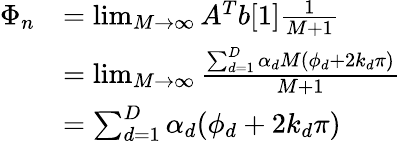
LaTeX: \begin{array}{rl}{\Phi_{n}}&{=\operatorname*{lim}_{M\rightarrow\infty}A^{T}b[1]\frac{1}{M+1}}\\ &{=\operatorname*{lim}_{M\rightarrow\infty}\frac{\sum_{d=1}^{D}\alpha_{d}M(\phi_{d}+2k_{d}\pi)}{M+1}}\\ &{=\sum_{d=1}^{D}\alpha_{d}(\phi_{d}+2k_{d}\pi)}\end{array}